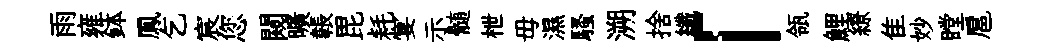
雨雍鉢鳳乞宸您闚曠韔毘耗宴示髄枻毋濕騷溯捨纖「瓴鯉繚隹妙瞠扈